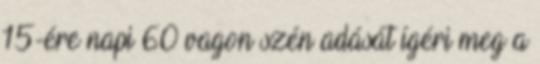
15-ére napi 60 vagon szén adását ígéri meg a